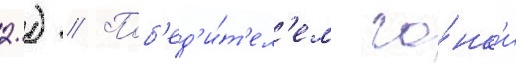
2.) // Поб'ед'и́т'ел'ем го́нк'и